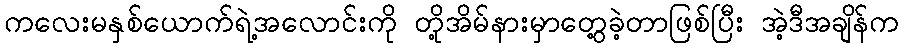
ကလေးမနှစ်ယောက်ရဲ့အလောင်းကို တို့အိမ်နားမှာတွေ့ခဲ့တာဖြစ်ပြီး အဲ့ဒီအချိန်က